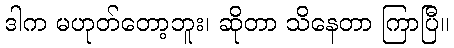
ဒါက မဟုတ်တော့ဘူး၊ ဆိုတာ သိနေတာ ကြာပြီ။